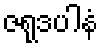
ဇရုဒပါနံ